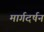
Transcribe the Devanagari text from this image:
मार्गदर्षन